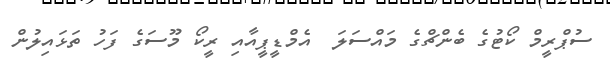
ސުޕްރީމް ކޯޓުގެ ބެންޗްގެ މައްސަލަ  އެމްޑީޕީއާއި ރީކޯ މޫސަގެ ފަހު ތަޅައިލުން